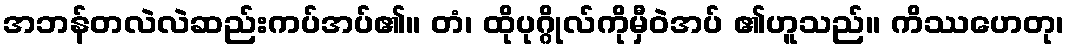
အဘန်တလဲလဲဆည်းကပ်အပ်၏။ တံ၊ ထိုပုဂ္ဂိုလ်ကိုမှီဝဲအပ် ၏ဟူသည်။ ကိဿဟေတု၊